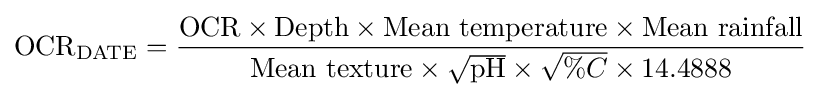
{\text{OCR}}_{\text{DATE}}={\frac {{\text{OCR}}\times {\text{Depth}}\times {\text{Mean temperature}}\times {\text{Mean rainfall}}}{{\text{Mean texture}}\times {\sqrt {\text{pH}}}\times {\sqrt {\%C}}\times 14.4888}}